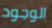
الوجود